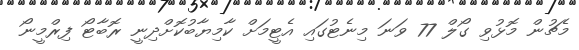
މެޗުން މޮޅުވި ގޯލް 77 ވަނަ މިނެޓުގައި އެޓީމަށް ކާމިޔާބުކޮށްދިނީ ރޮބާޓޯ ފިރްމީނޯ